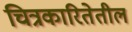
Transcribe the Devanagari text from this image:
चित्रकारितेतील